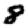
Digit: 8